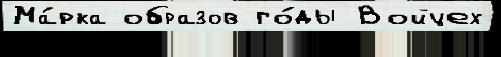
Ма́рка образов го́ды Войцех